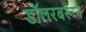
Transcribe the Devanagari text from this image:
डॉलरवरून